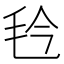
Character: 㲐